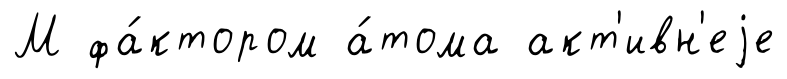
М фа́ктором а́тома акт'ивн'еjе